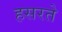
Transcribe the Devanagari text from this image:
हसरते